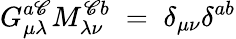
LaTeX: G_{\mu\lambda}^{a\mathscr{C}}M_{\lambda\nu}^{\mathscr{C}b}\; =\; \delta_{\mu\nu}\delta^{ab}